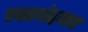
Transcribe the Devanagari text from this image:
रक्तचंदनात